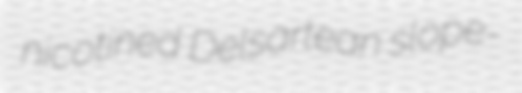
nicotined Delsartean slope-